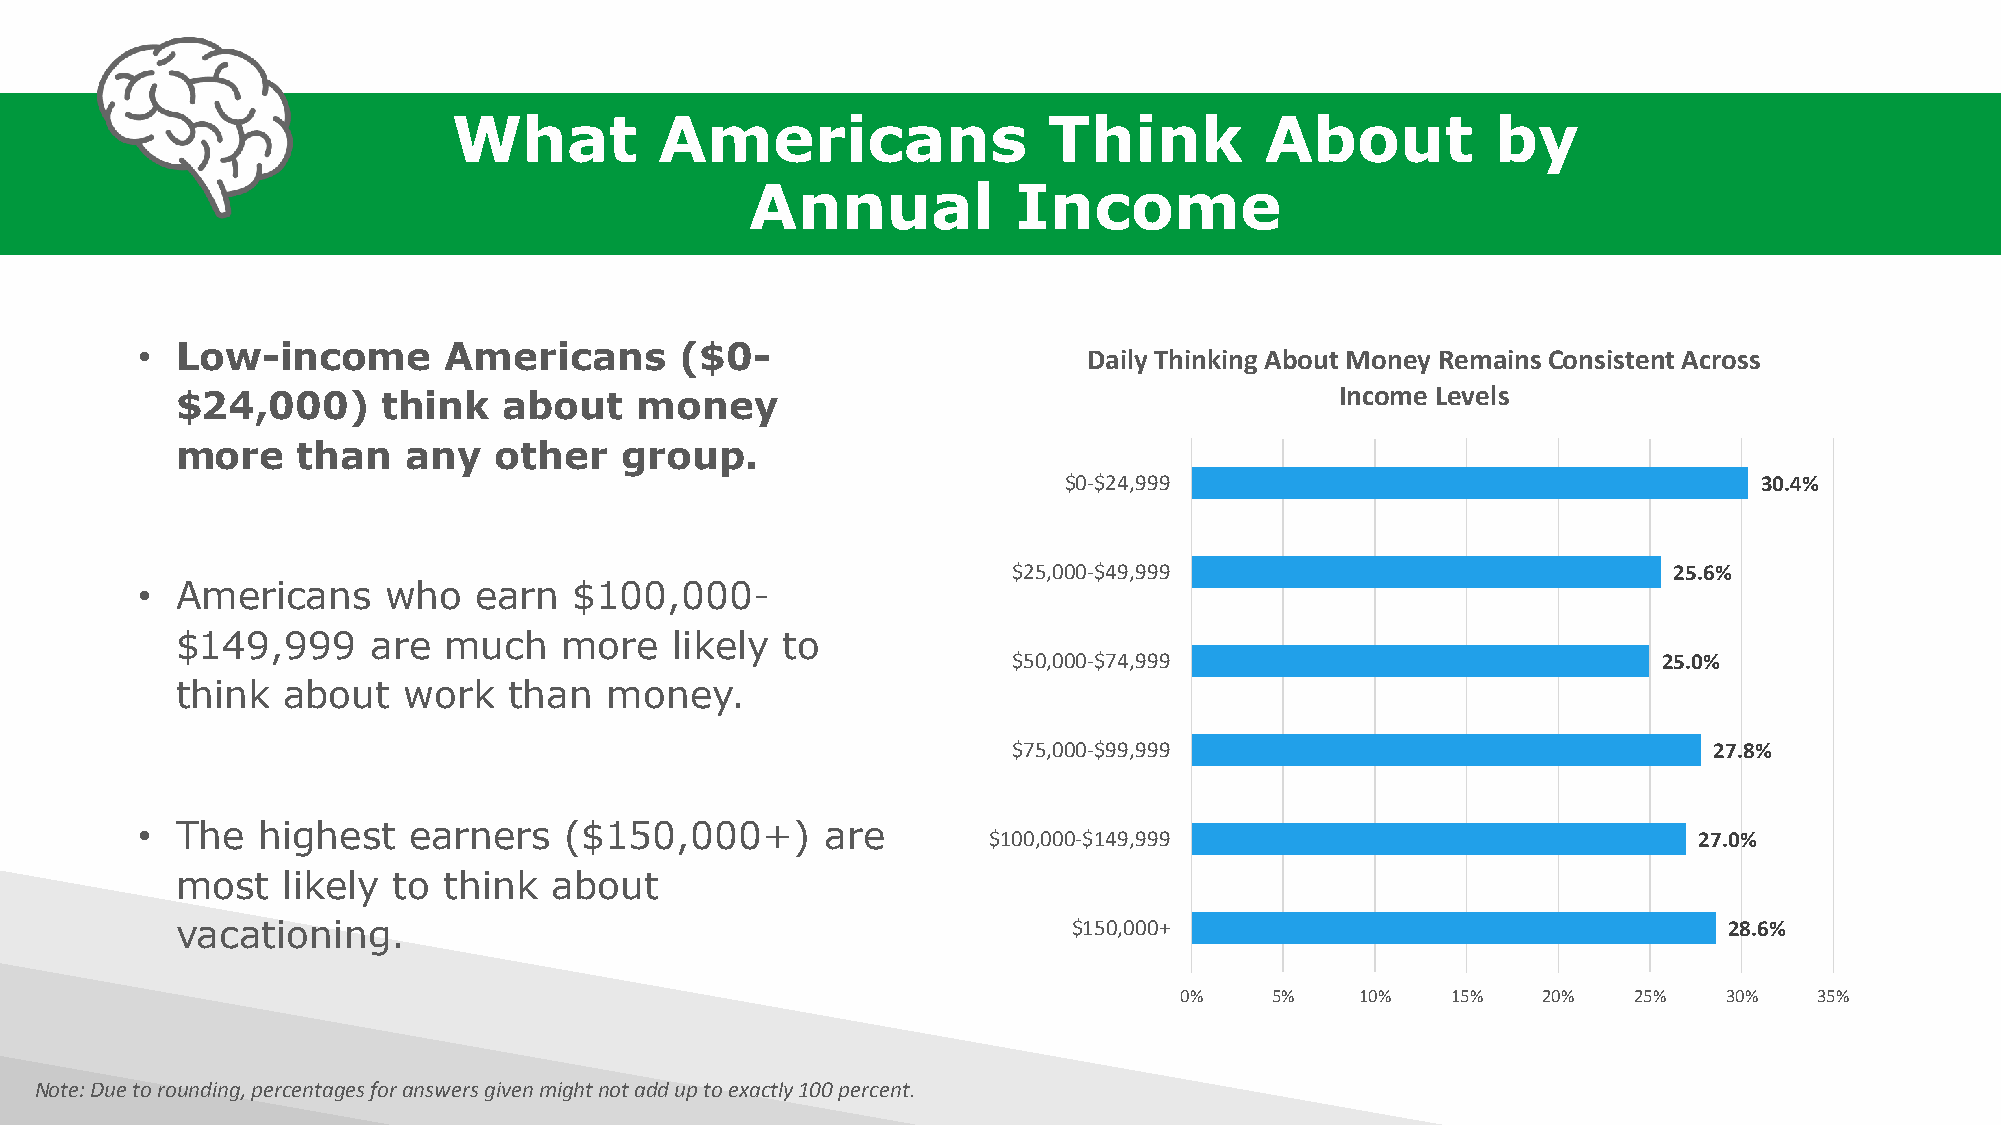
What          Americans                Think          About          by
 Annual           Income
 •  Low-income       Americans       ($0-
 Daily Thinking About Money Remains Consistent Across
 Income Levels
 $24,000)     think   about    money
 more    than   any   other   group.
 $0-$24,999                                     30.4%
 $25,000-$49,999                             25.6%
 •  Americans    who   earn   $100,000-
 $149,999    are  much    more   likely  to
 $50,000-$74,999                            25.0%
 think  about   work   than  money.
 $75,000-$99,999                               27.8%
 •  The  highest   earners   ($150,000+)       are
 $100,000-$149,999                              27.0%
 most   likely to think   about
 vacationing.                                               $150,000+                                  28.6%
 0%    5%    10%   15%   20%   25%   30%   35%
 Note: Due to rounding, percentages for answers given might not add up to exactly 100 percent.